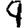
Digit: 9